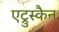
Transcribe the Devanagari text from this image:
एट्रुस्कैन